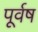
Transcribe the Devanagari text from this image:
पूर्वष